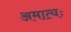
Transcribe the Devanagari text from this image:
अमात्यः